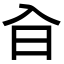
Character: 㒲